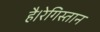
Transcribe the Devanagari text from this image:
है।रेगिस्तान